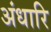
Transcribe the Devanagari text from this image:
अंधारि